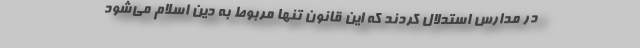
در مدارس استدلال کردند که این قانون تنها مربوط به دین اسلام می‌شود